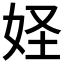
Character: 𱙍